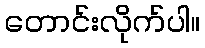
တောင်းလိုက်ပါ။